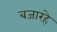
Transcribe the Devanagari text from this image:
बजारहे